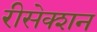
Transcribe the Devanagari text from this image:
रीसेक्शन